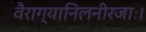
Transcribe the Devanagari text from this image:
वैराग्यानिलनीरजाः।